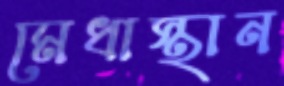
মেধাস্থান